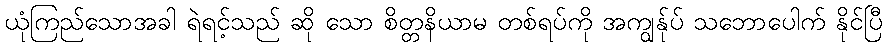
ယုံကြည်သောအခါ ရဲရင့်သည် ဆို သော စိတ္တနိယာမ တစ်ရပ်ကို အကျွန်ုပ် သဘောပေါက် နိုင်ပြီ